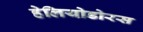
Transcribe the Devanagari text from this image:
हेलियोडोरस